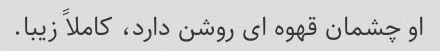
او چشمان قهوه ای روشن دارد، کاملاً زیبا.